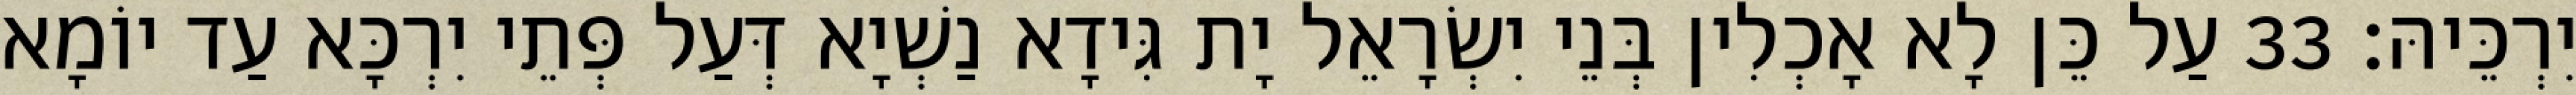
יִרְכֵּיהּ׃ 33 עַל כֵּן לָא אָכְלִין בְּנֵי יִשְׂרָאֵל יָת גִּידָא נַשְׁיָא דְּעַל פְּתֵי יִרְכָּא עַד יוֹמָא